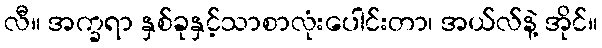
လီ။ အက္ခရာ နှစ်ခုနှင့်သာစာလုံးပေါင်းတာ၊ အယ်လ်နဲ့ အိုင်။